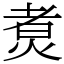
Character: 煑